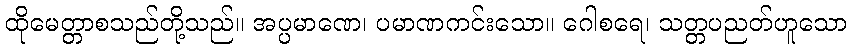
ထိုမေတ္တာစသည်တို့သည်။ အပ္ပမာဏေ၊ ပမာဏကင်းသော။ ဂေါစရေ၊ သတ္တပညတ်ဟူသော